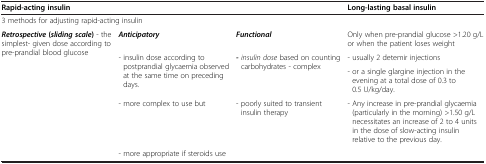
| <COLSPAN=3> Rapid-acting insulin | Long-lasting basal insulin |
 | --- | --- | --- | --- |
 | <COLSPAN=3> 3 methods for adjusting rapid-acting insulin |  |
 | <ROWSPAN=5> Retrospective(sliding scale) - the simplest- given dose according to pre-prandial blood glucose | Anticipatory | Functional | Only when pre-prandial glucose >1.20 g/L or when the patient loses weight |
 | <ROWSPAN=2> - insulin dose according to postprandial glycaemia observed at the same time on preceding days. | <ROWSPAN=2> -insulin dose based on counting carbohydrates - complex | - usually 2 detemir injections |
 | - or a single glargine injection in the evening at a total dose of 0.3 to 0.5 U/kg/day. |
 | - more complex to use but | - poorly suited to transient insulin therapy | - Any increase in pre-prandial glycaemia (particularly in the morning) >1.50 g/L necessitates an increase of 2 to 4 units in the dose of slow-acting insulin relative to the previous day. |
 | - more appropriate if steroids use |  |  |